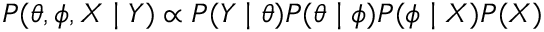
P ( \theta , \phi , X \mid Y ) \propto P ( Y \mid \theta ) P ( \theta \mid \phi ) P ( \phi \mid X ) P ( X )